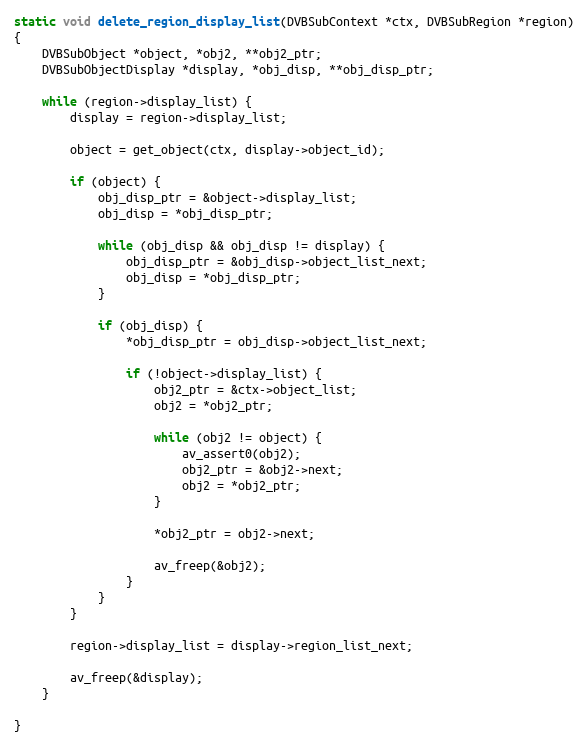
Language: C
static void delete_region_display_list(DVBSubContext *ctx, DVBSubRegion *region)
{
    DVBSubObject *object, *obj2, **obj2_ptr;
    DVBSubObjectDisplay *display, *obj_disp, **obj_disp_ptr;

    while (region->display_list) {
        display = region->display_list;

        object = get_object(ctx, display->object_id);

        if (object) {
            obj_disp_ptr = &object->display_list;
            obj_disp = *obj_disp_ptr;

            while (obj_disp && obj_disp != display) {
                obj_disp_ptr = &obj_disp->object_list_next;
                obj_disp = *obj_disp_ptr;
            }

            if (obj_disp) {
                *obj_disp_ptr = obj_disp->object_list_next;

                if (!object->display_list) {
                    obj2_ptr = &ctx->object_list;
                    obj2 = *obj2_ptr;

                    while (obj2 != object) {
                        av_assert0(obj2);
                        obj2_ptr = &obj2->next;
                        obj2 = *obj2_ptr;
                    }

                    *obj2_ptr = obj2->next;

                    av_freep(&obj2);
                }
            }
        }

        region->display_list = display->region_list_next;

        av_freep(&display);
    }

}